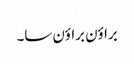
براؤن براؤن سا۔